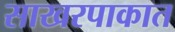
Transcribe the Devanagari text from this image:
साखरपाकात